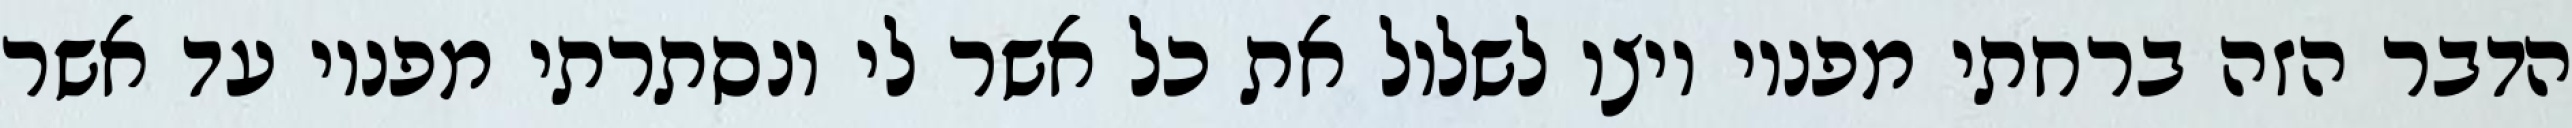
הדבר הזה ברחתי מפניו ויצו לשלול את כל אשר לי ונסתרתי מפניו עד אשר